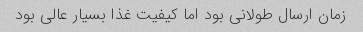
زمان ارسال طولانی بود اما کیفیت غذا بسیار عالی بود